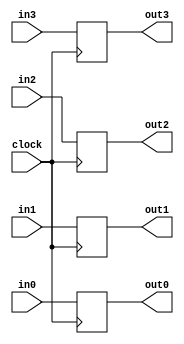
`timescale 1ns / 1ps
module row_reg(
    input clock,
    input [7:0] in0,
    input [7:0] in1,
    input [7:0] in2,
    input [7:0] in3,

    output [7:0] out0,
    output [7:0] out1,
    output [7:0] out2,
    output [7:0] out3
);
    reg [7:0] o0, o1, o2, o3;
    
    assign out0 = o0;
    assign out1 = o1;
    assign out2 = o2;
    assign out3 = o3;
    
    always @(posedge clock) begin
        o0 <= in0;
        o1 <= in1;
        o2 <= in2;
        o3 <= in3;
          
             
    end
    
endmodule